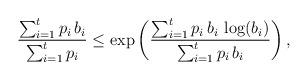
LaTeX: \begin{align*}\frac{\sum_{i=1}^{t}p_{i}\,b_{i}}{\sum_{i=1}^{t}p_{i}}\leq \exp\left(\frac{\sum_{i=1}^{t}p_{i}\,b_{i}\,\log(b_{i})}{\sum_{i=1}^{t}p_{i}\,b_{i}}\right),\end{align*}